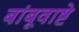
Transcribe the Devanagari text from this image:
बांबूवाष्टे